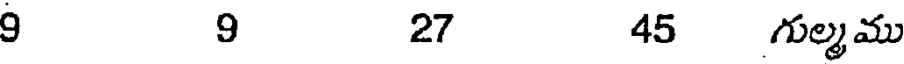
9 9 27 45 గుల్మము